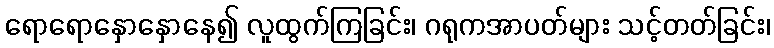
ရောရောနှောနှောနေ၍ လူထွက်ကြခြင်း၊ ဂရုကအာပတ်များ သင့်တတ်ခြင်း၊